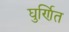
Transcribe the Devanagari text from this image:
घुर्णित